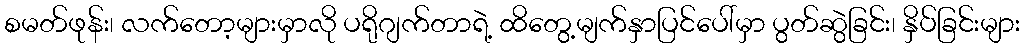
စမတ်ဖုန်း၊ လက်တော့များမှာလို ပရိုဂျက်တာရဲ့ ထိတွေ့မျက်နှာပြင်ပေါ်မှာ ပွတ်ဆွဲခြင်း၊ နှိပ်ခြင်းများ